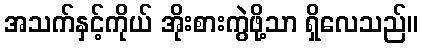
အသက်နှင့်ကိုယ် အိုးစားကွဲဖို့သာ ရှိလေသည်။